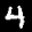
Label: 4